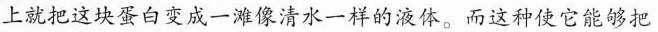
上就把这块蛋白变成一滩像清水一样的液体。而这种使它能够把